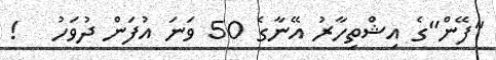
"ފޭން"ގެ އިޝްތިހާރު އޭނާގެ 50 ވަނަ އުފަން ދުވަހު   !